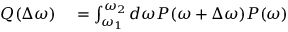
\begin{array} { r l } { Q ( \Delta \omega ) } & { { } = \int _ { \omega _ { 1 } } ^ { \omega _ { 2 } } d \omega P ( \omega + \Delta \omega ) P ( \omega ) } \end{array}